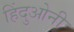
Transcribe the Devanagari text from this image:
हिंदुओनी